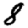
Digit: 8